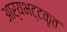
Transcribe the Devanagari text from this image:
आर्यभट्टकृत